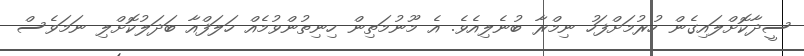
ސީދާކޮށްލައިގެން ހުރުމަށްފަހު ނިމްރާ ބުނެލިއެވެ. އެ މޫނުމަތިން ހިނިތުންވުމެއް ހަލަފްއާ ބަދަލުކޮށްލި ނަމަވެސް